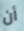
أن